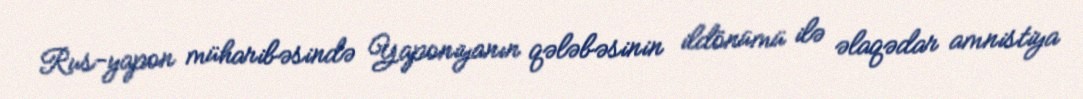
Rus-yapon müharibəsində Yaponiyanın qələbəsinin ildönümü ilə əlaqədar amnistiya